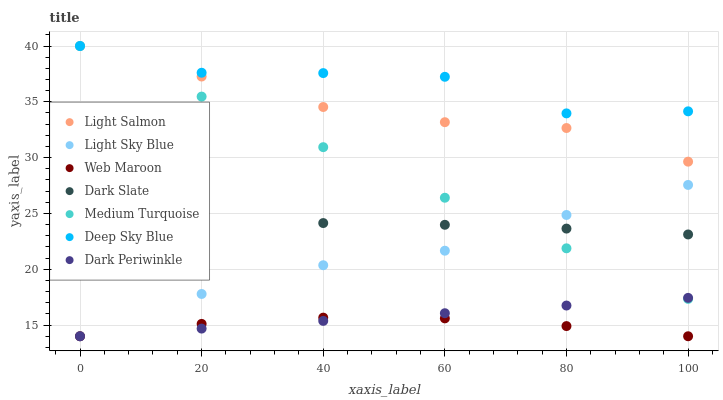
| xaxis_label | Light Salmon | Light Sky Blue | Web Maroon | Dark Slate | Medium Turquoise | Deep Sky Blue | Dark Periwinkle |
 | --- | --- | --- | --- | --- | --- | --- | --- |
 | 0 | 40 | 14 | 14 | 23.9 | 40 | 40 | 14 |
 | 20 | 37.3 | 17.8 | 15.1 | 24.1 | 35.5 | 37.6 | 14.7 |
 | 40 | 34.5 | 20.4 | 15.7 | 24.1 | 30.9 | 37.6 | 15.4 |
 | 60 | 33.2 | 21.7 | 15.6 | 24 | 26.4 | 37.2 | 16.1 |
 | 80 | 32.7 | 24.9 | 14.9 | 23.6 | 21.9 | 34 | 16.8 |
 | 100 | 29.6 | 27.6 | 14 | 23.1 | 17.3 | 34.1 | 17.4 |